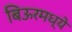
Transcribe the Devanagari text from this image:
बिऊरमध्ये